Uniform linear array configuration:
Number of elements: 64
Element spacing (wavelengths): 1
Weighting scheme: exponential
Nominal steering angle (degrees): -30
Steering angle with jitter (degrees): -31.631
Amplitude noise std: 0.05
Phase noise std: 0.05

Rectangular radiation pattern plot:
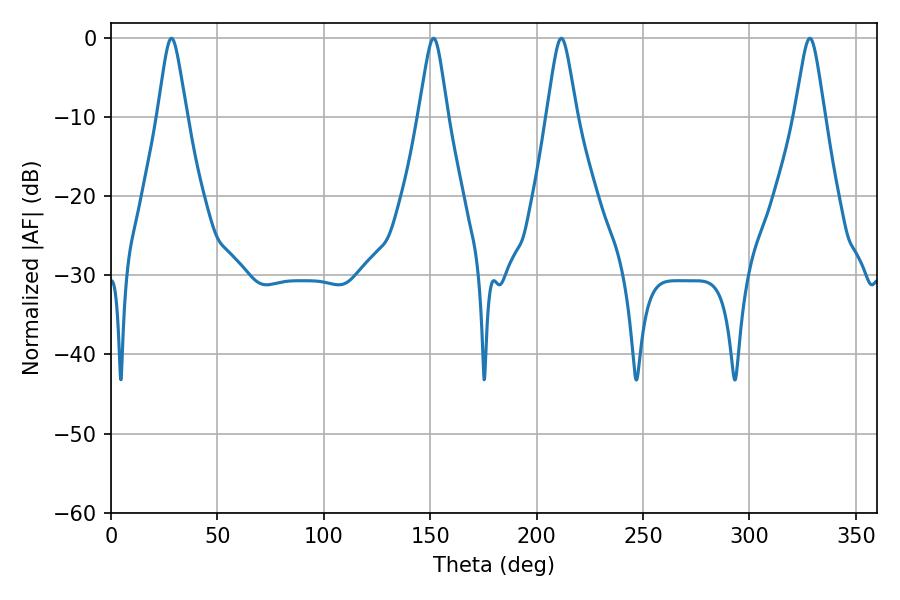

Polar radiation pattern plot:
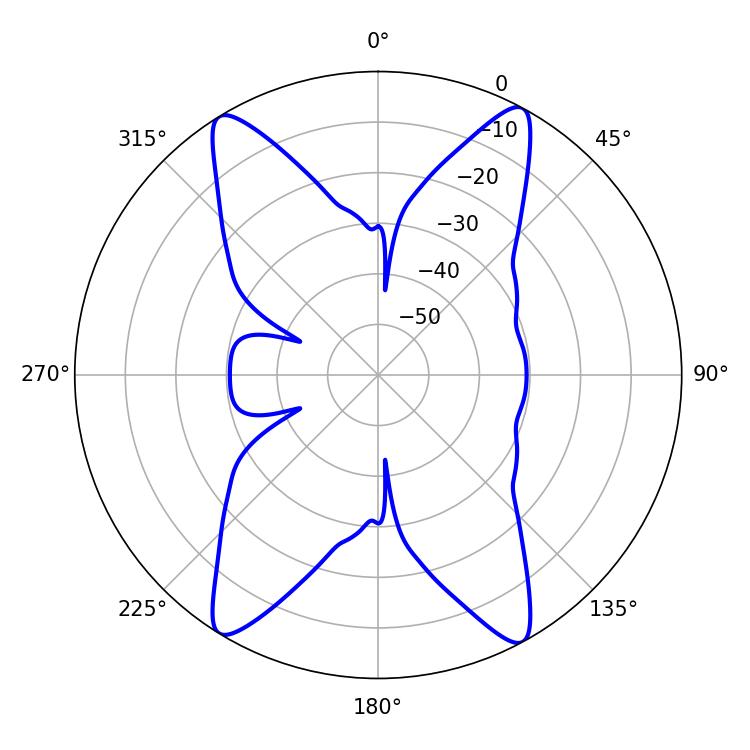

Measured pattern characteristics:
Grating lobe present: TRUE
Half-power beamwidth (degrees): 6.48
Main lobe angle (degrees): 28.44